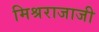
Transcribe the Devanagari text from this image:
मिश्रराजाजी